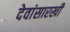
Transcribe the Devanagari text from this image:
देवांसारखी